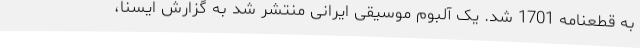
به قطعنامه 1701 شد. یک آلبوم موسیقی ایرانی منتشر شد به گزارش ایسنا،